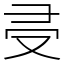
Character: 𠬶